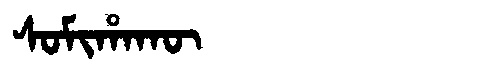
Manchu: ᠰᠣᠮᡳᡥᠠᡴᡡ
Romanization: SOMIHAKŪ